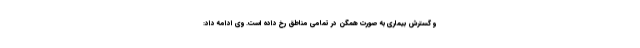
و گسترش بیماری به صورت همگن در تمامی مناطق رخ داده است. وی ادامه داد: